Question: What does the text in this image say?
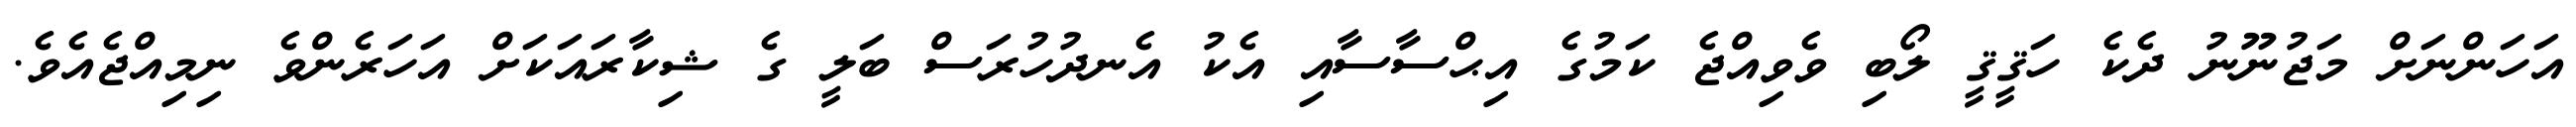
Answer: އަހަންނަށް މަޖުނޫނު ދެކެ ހަޤީޤީ ލޯބި ވެވިއްޖެ ކަމުގެ އިޙްސާސާއި އެކު އެނދުހުރަސް ބަލީ ގެ ޝިކާރައަކަށް އަހަރެންވެ ނިމިއްޖެއެވެ.